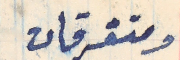
ومتفرقات